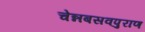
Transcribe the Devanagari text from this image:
चेन्नबसवपुराण